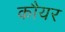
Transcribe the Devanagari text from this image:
कौयर